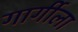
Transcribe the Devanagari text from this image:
गार्गीला